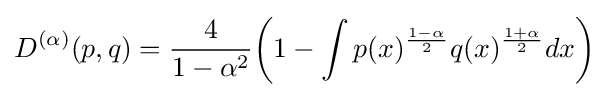
D^{(\alpha )}(p,q)={\frac {4}{1-\alpha ^{2}}}{\bigg (}1-\int p(x)^{\frac {1-\alpha }{2}}q(x)^{\frac {1+\alpha }{2}}dx{\bigg )}